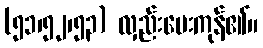
(၅၁၊၅၂၊၅၃) လှည်းပေးကုန်၏။